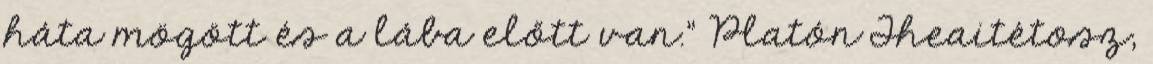
háta mögött és a lába előtt van.” Platón Theaitétosz,